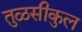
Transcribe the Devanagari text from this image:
तुळसीकुल